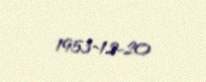
1953-12-20